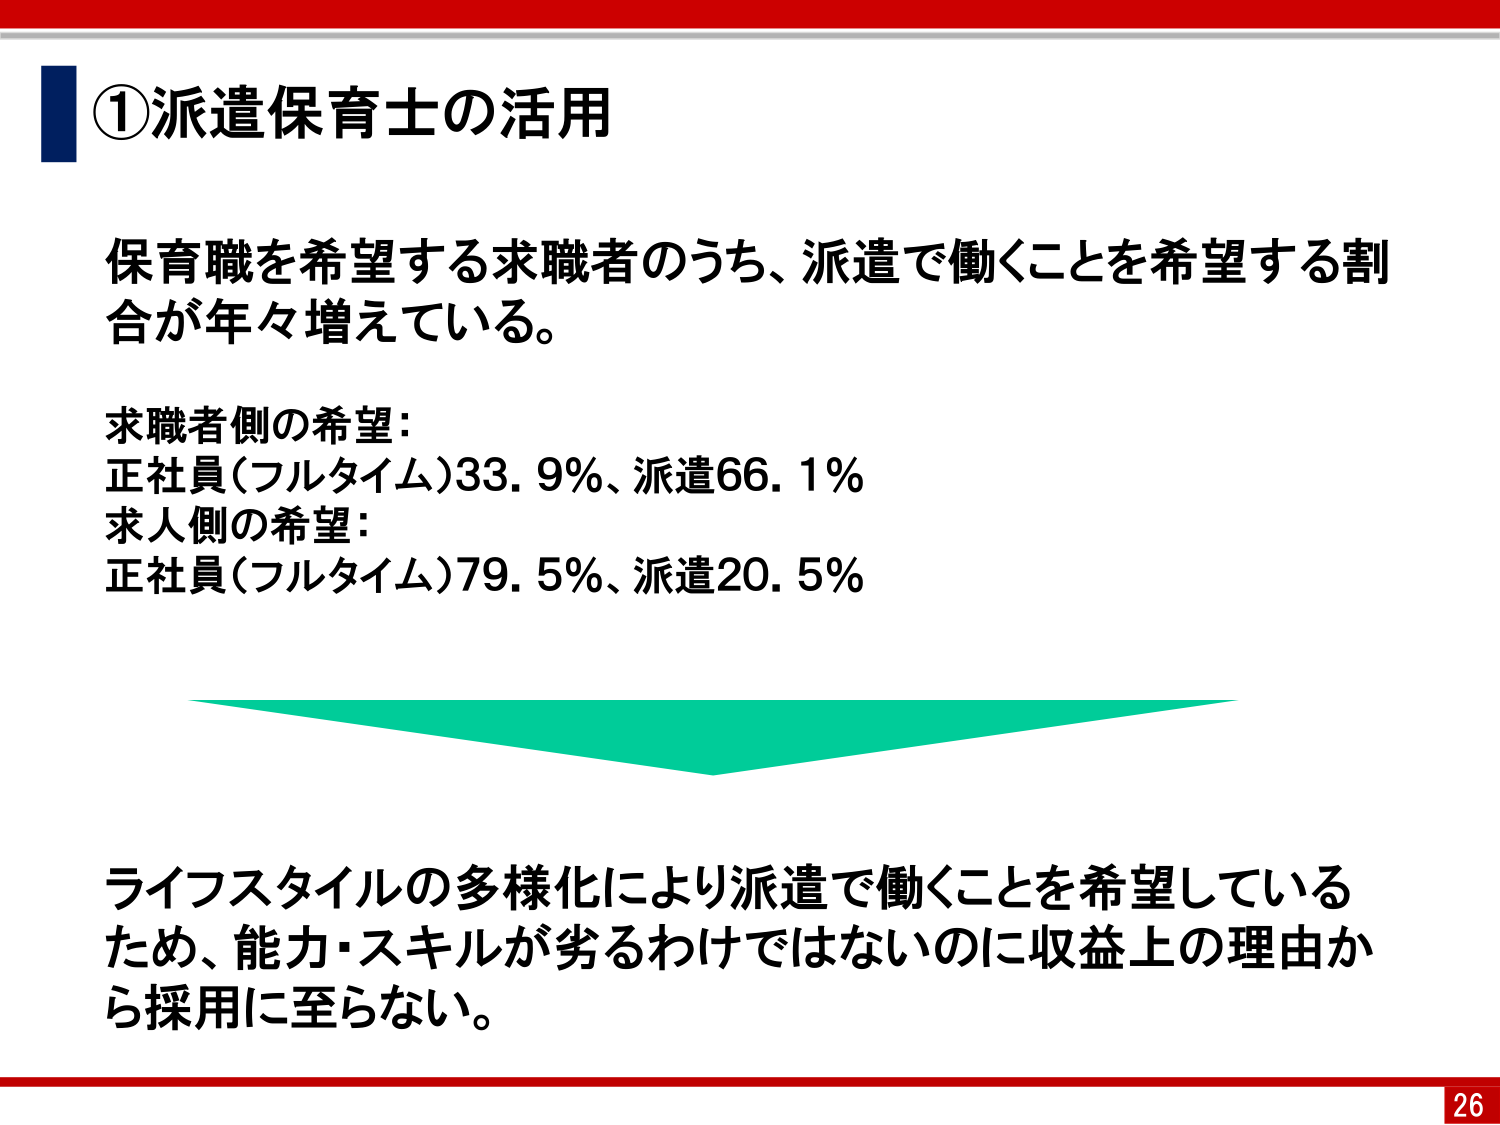
①派遣保育士の活用

保育職を希望する求職者のうち、派遣で働くことを希望する割合が年々増えている。

求職者側の希望：
正社員（フルタイム）33.9％、派遣66.1％
求人側の希望：
正社員（フルタイム）79.5％、派遣20.5％

ライフスタイルの多様化により派遣で働くことを希望しているため、能力・スキルが劣るわけではないのに収益上の理由から採用に至らない。

26